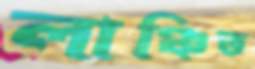
লাঞ্চিত